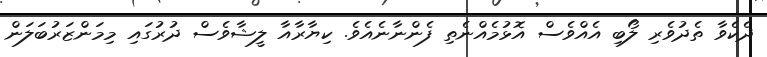
ދެކެވާ ތެދުވެރި ލޯބި އެއްވެސް އޮޅުމެއްނެތި ފެންނާނެއެވެ. ކިޔާރާއާ ލީޝާވެސް ދުރުގައި މިމަންޒަރުބަލަން